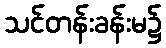
သင်တန်းခန်းမ၌